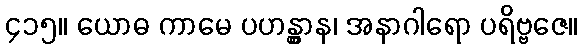
၄၁၅။ ယောဓ ကာမေ ပဟန္တွာန၊ အနာဂါရော ပရိဗ္ဗဇေ။